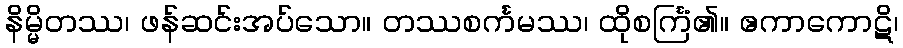
နိမ္မိတဿ၊ ဖန်ဆင်းအပ်သော။ တဿစင်္ကမဿ၊ ထိုစင်္ကြံ၏။ ဧကာကောဋိ၊